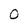
Character: 0